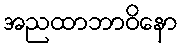
အညထာဘာဝိနော